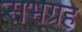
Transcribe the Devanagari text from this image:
सभग्रह